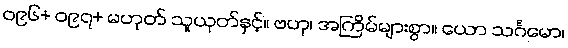
၀၉၆+ ၀၉၇+ မဟုတ် သူယုတ်နှင့်။ ဗဟု၊ အကြိမ်များစွာ။ ယော သင်္ဂမော၊